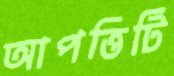
আপত্তিটি